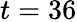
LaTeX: t=36